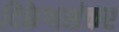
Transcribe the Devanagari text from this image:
दिकेश्वशंकर